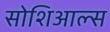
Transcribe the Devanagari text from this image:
सोशिआल्स